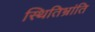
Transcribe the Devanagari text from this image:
स्थितिभ्रांति